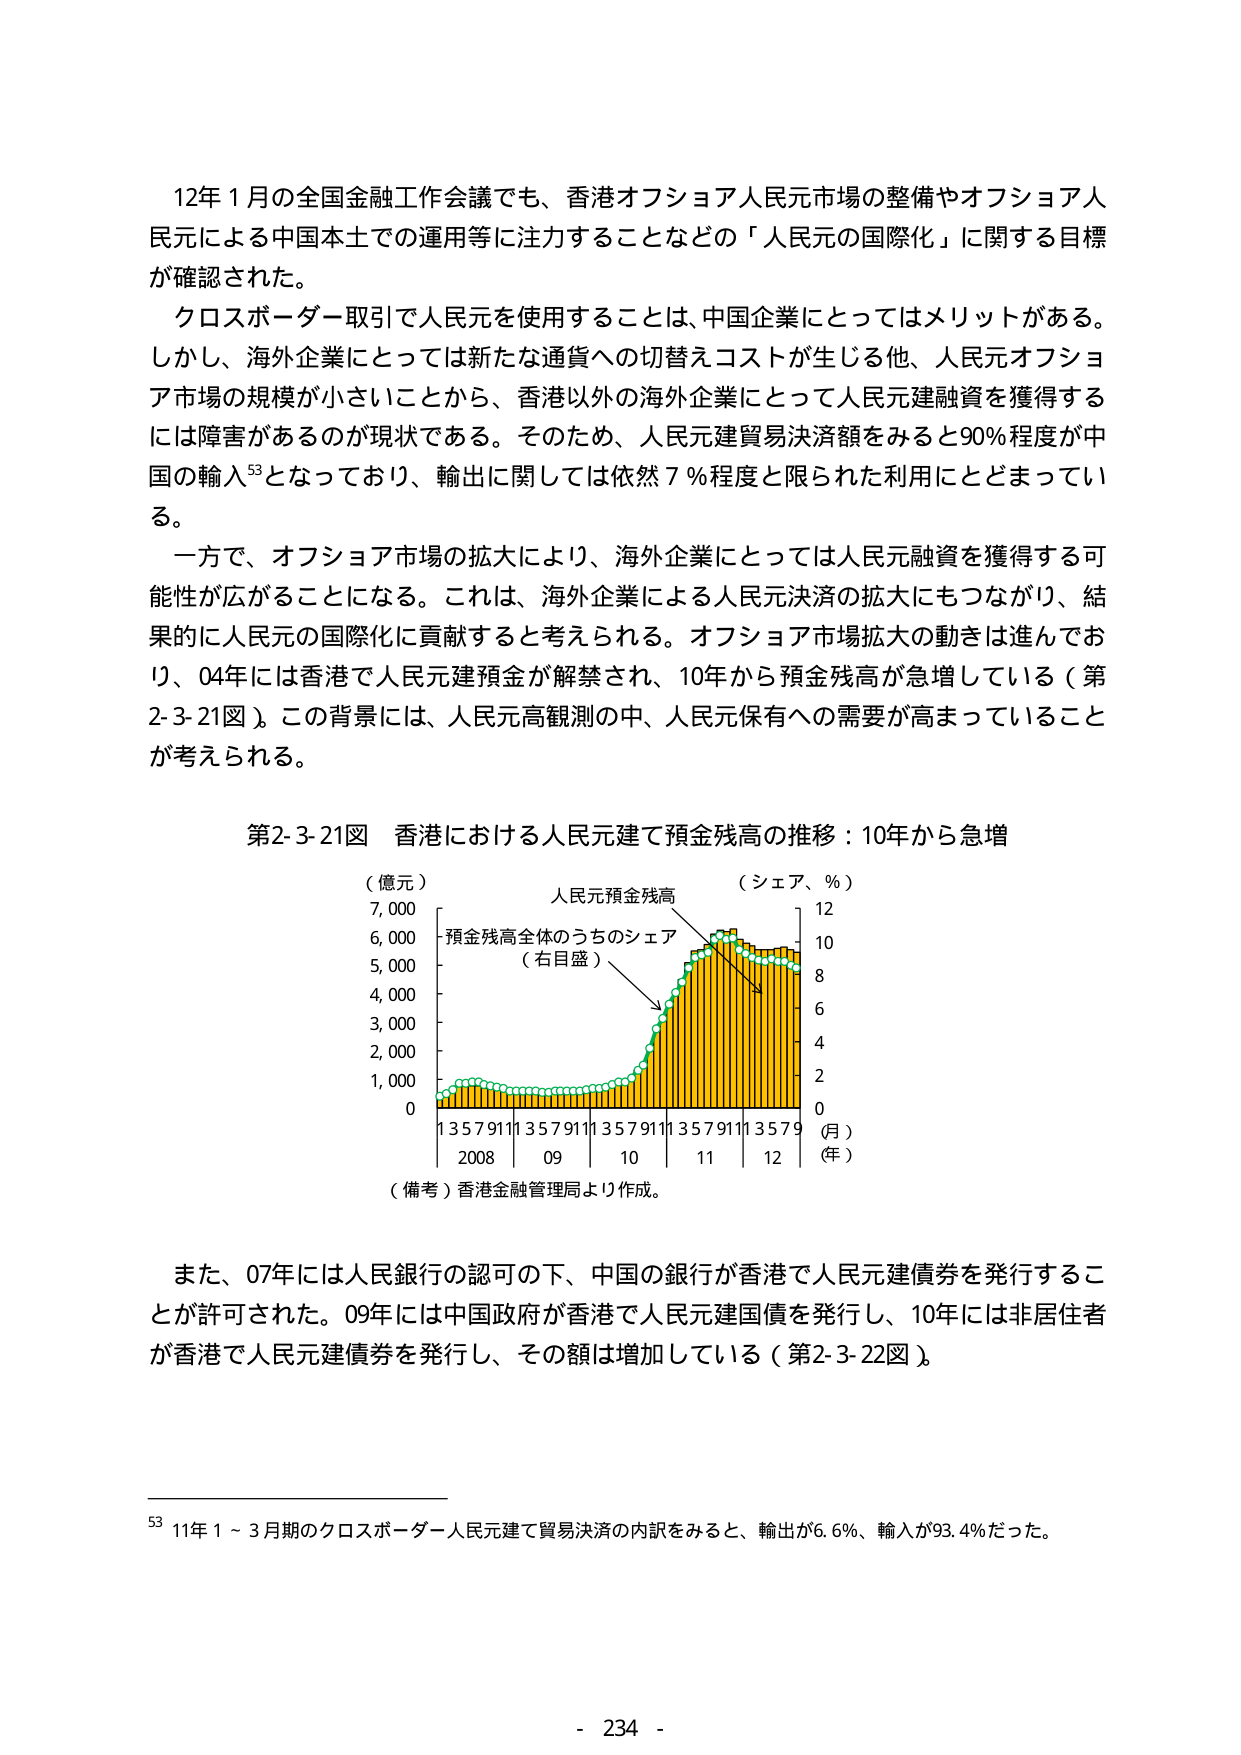
12年1月の全国金融工作会議でも、香港オフショア人民元市場の整備やオフショア人民元による中国本土での運用等に注力することなどの「人民元の国際化」に関する目標が確認された。

クロスボーダー取引で人民元を使用することは、中国企業にとってはメリットがある。しかし、海外企業にとっては新たな通貨への切替えコストが生じる他、人民元オフショア市場の規模が小さいことから、香港以外の海外企業にとって人民元建融資を獲得するには障害があるのが現状である。そのため、人民元建貿易決済額をみると90％程度が中国の輸入⁵³となっており、輸出に関しては依然7％程度と限られた利用にとどまっている。

一方で、オフショア市場の拡大により、海外企業にとっては人民元融資を獲得する可能性が広がることになる。これは、海外企業による人民元決済の拡大にもつながり、結果的に人民元の国際化に貢献すると考えられる。オフショア市場拡大の動きは進んでおり、04年には香港で人民元建預金が解禁され、10年から預金残高が急増している（第2-3-21図）。この背景には、人民元高観測の中、人民元保有への需要が高まっていることが考えられる。

第2-3-21図 香港における人民元建て預金残高の推移：10年から急増

（億元）　　　　　　　　　　　　　　　　（シェア、％）
7,000　　　　　　　　　　　　　　　　　　12
6,000　　　　　　　　　　　　　　　　　　10
5,000　　　　　　　　　　　　　　　　　　8
4,000　　　　　　　　　　　　　　　　　　6
3,000　　　　　　　　　　　　　　　　　　4
2,000　　　　　　　　　　　　　　　　　　2
1,000　　　　　　　　　　　　　　　　　　0
　　　　　　　　　　　　　　　　　　　　（月）
　　　　　　　　　　　　　　　　　　　　（年）
　　　1 3 5 7 9 11 1 3 5 7 9 11 1 3 5 7 9 11 1 3 5 7 9
　　　2008　　09　　10　　11　　12

（備考）香港金融管理局より作成。

また、07年には人民銀行の認可の下、中国の銀行が香港で人民元建債券を発行することが許可された。09年には中国政府が香港で人民元建国債を発行し、10年には非居住者が香港で人民元建債券を発行し、その額は増加している（第2-3-22図）。

⁵³ 11年1～3月期のクロスボーダー人民元建て貿易決済の内訳をみると、輸出が6.6％、輸入が93.4％だった。

- 234 -